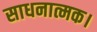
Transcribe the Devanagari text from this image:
साधनात्मक।